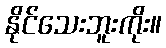
နိုင်သေးဘူးကိုး။